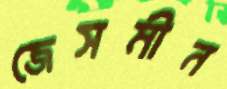
জেসমীন